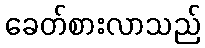
ခေတ်စားလာသည်